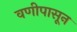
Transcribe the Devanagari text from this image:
वणीपासून